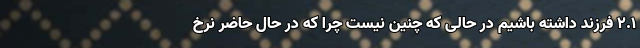
۲.۱ فرزند داشته باشیم در حالی که چنین نیست چرا که در حال حاضر نرخ